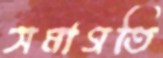
সমাগতি